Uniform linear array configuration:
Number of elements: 16
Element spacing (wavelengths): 0.5
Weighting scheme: cosine
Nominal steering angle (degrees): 60
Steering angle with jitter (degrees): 58.474
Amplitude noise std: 0.05
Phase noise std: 0.05

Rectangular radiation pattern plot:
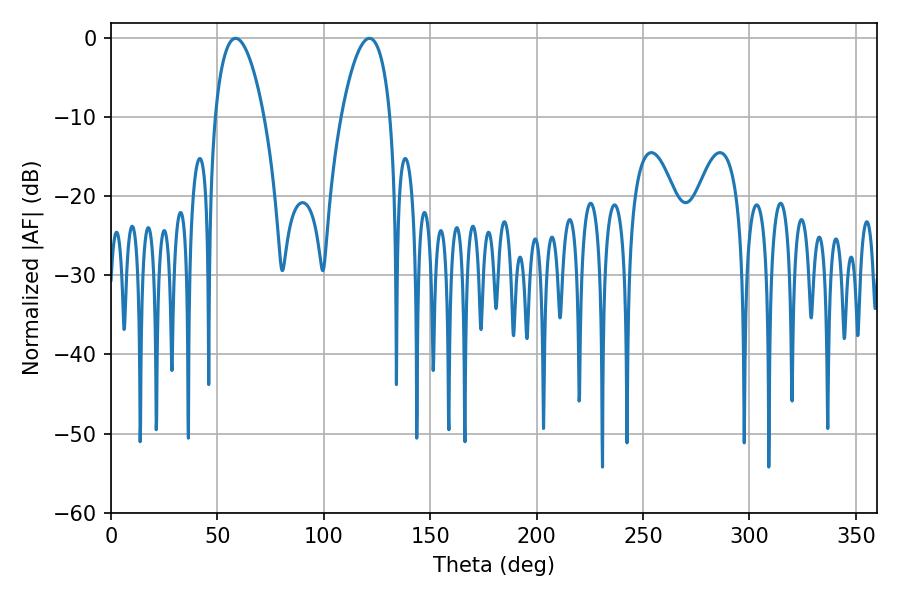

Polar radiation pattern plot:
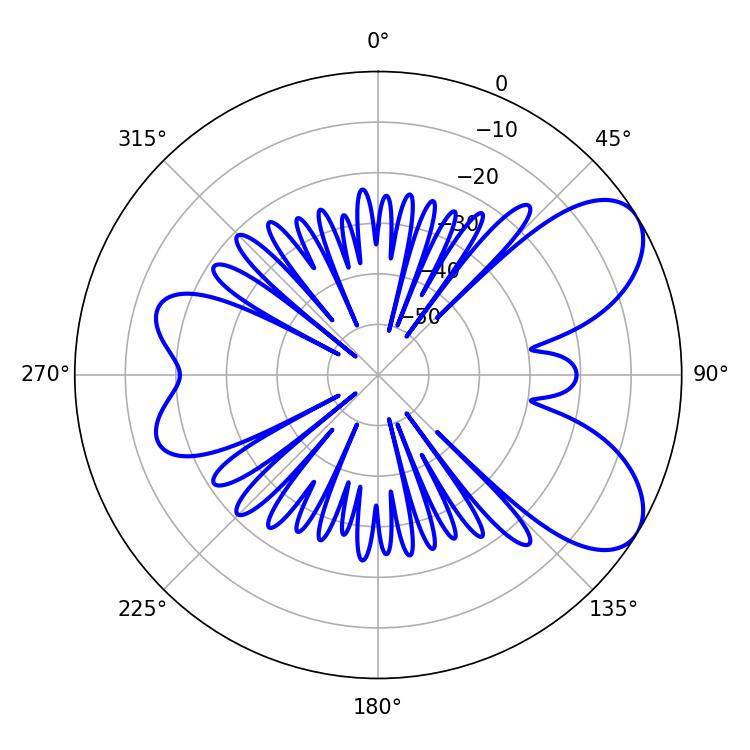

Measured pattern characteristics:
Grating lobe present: FALSE
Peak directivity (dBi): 7.059
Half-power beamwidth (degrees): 12.78
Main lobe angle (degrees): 58.5